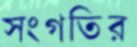
সংগতির